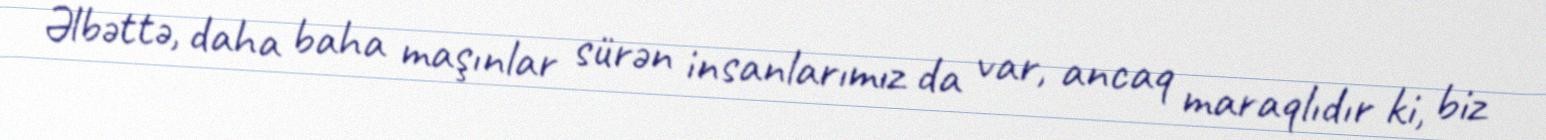
Əlbəttə, daha baha maşınlar sürən insanlarımız da var, ancaq maraqlıdır ki, biz